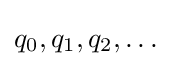
q_{0},q_{1},q_{2},\dots